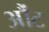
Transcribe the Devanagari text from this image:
औंट